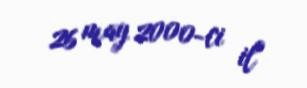
26 may 2000-ci il